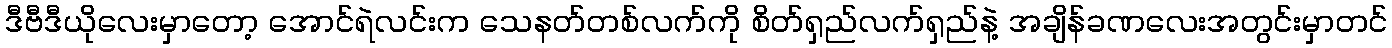
ဒီဗီဒီယိုလေးမှာတော့ အောင်ရဲလင်းက သေနတ်တစ်လက်ကို စိတ်ရှည်လက်ရှည်နဲ့ အချိန်ခဏလေးအတွင်းမှာတင်